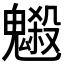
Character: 𩴇